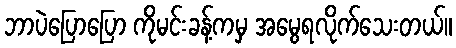
ဘာပဲပြောပြော ကိုမင်းခန့်ကမှ အမွေရလိုက်သေးတယ်။